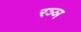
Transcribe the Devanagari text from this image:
रञ्ञ